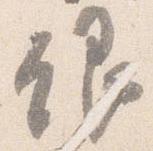
銀